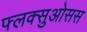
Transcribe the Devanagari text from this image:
फ्लक्सुओसस